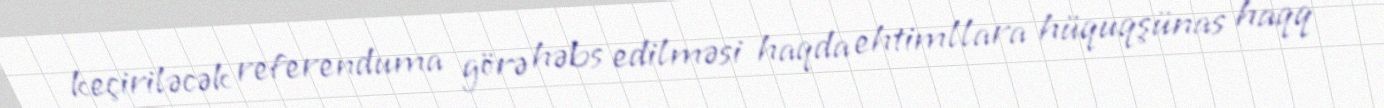
keçiriləcək referenduma görə həbs edilməsi haqda ehtimllara hüquqşünas haqq